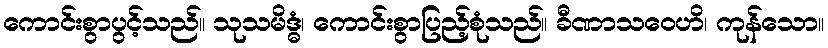
ကောင်းစွာပွင့်သည်။ သုသမိဒ္ဓံ၊ ကောင်းစွာပြည့်စုံသည်။ ခီဏာသဝေဟိ၊ ကုန်သော။